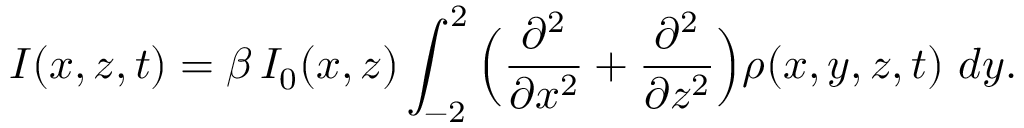
I ( x , z , t ) = \beta \, I _ { 0 } ( x , z ) \int _ { - 2 } ^ { 2 } \Big ( \frac { \partial ^ { 2 } } { \partial x ^ { 2 } } + \frac { \partial ^ { 2 } } { \partial z ^ { 2 } } \Big ) \rho ( x , y , z , t ) \ d y .